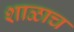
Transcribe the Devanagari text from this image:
शाळाच